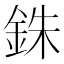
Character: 銖